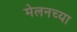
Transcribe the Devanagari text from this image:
मेलनच्या